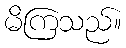
မိကြသည်။